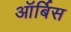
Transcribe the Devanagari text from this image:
ऑर्बिस